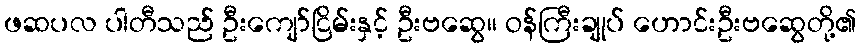
ဖဆပလ ပါတီသည် ဦးကျော်ငြိမ်းနှင့် ဦးဗဆွေ၊၊ ဝန်ကြီးချုပ် ဟောင်းဦးဗဆွေတို့၏